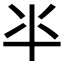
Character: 𠦂